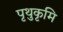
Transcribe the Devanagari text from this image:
पृथुकृमि